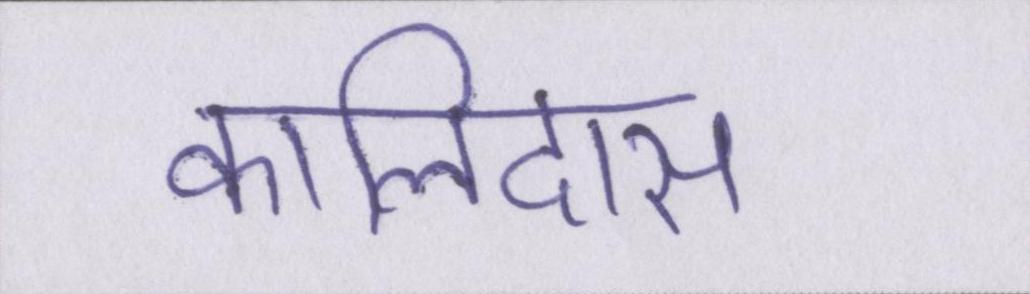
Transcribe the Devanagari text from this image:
कालिदास